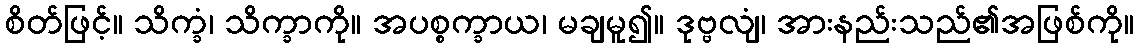
စိတ်ဖြင့်။ သိက္ခံ၊ သိက္ခာကို။ အပစ္စက္ခာယ၊ မချမူ၍။ ဒုဗ္ဗလျံ၊ အားနည်းသည်၏အဖြစ်ကို။